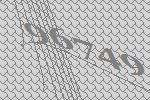
96749